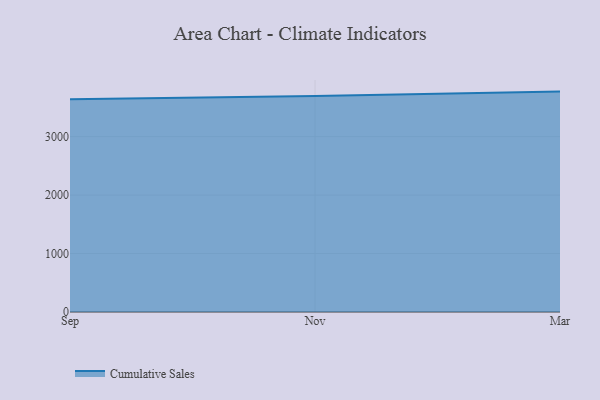
{"axis": {"x": "Month", "y": "Satisfaction Score"}, "legend": ["Cumulative Sales"], "data": [{"x": "Sep", "y": 3640.0, "type": "Cumulative Sales"}, {"x": "Nov", "y": 3697.2, "type": "Cumulative Sales"}, {"x": "Mar", "y": 3770.5, "type": "Cumulative Sales"}]}